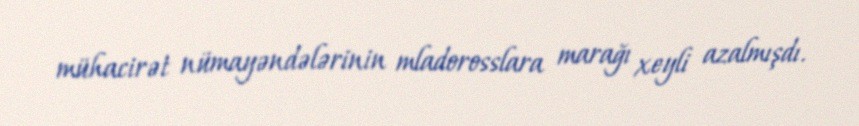
mühacirət nümayəndələrinin mladorosslara marağı xeyli azalmışdı.